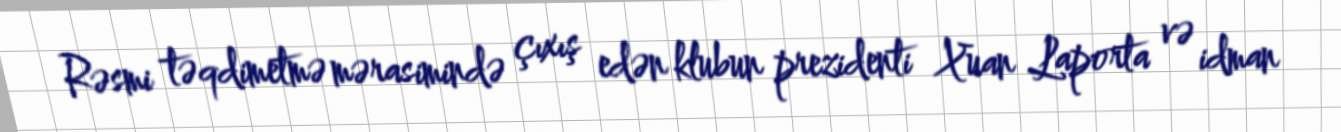
Rəsmi təqdimetmə mərasimində çıxış edən klubun prezidenti Xuan Laporta və idman